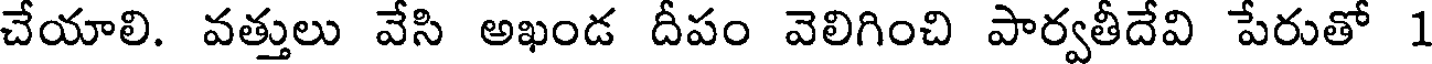
చేయాలి. వత్తులు వేసి అఖండ దీపం వెలిగించి పార్వతీదేవి పేరుతో 1